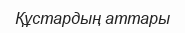
Құстардың аттары